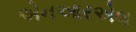
એનઆરએલ